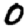
Digit: 0